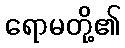
ရောမတို့၏